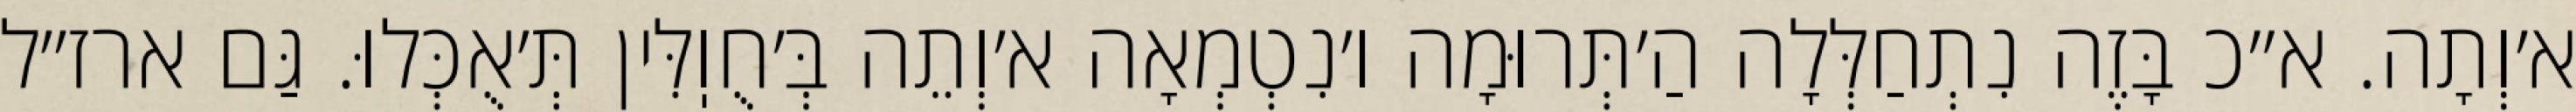
א׳וְתָה. א״כ בָּזֶה נִתְחַלְּלָה הַ׳תְּרוּמָה ו׳נִטְמְאָה א׳וְתֵה בְּ׳חֻוֽלִּין תְּ׳אֻכְּלוּ. גַּם ארז״ל